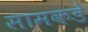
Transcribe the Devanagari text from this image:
सामकडे